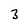
Character: 3